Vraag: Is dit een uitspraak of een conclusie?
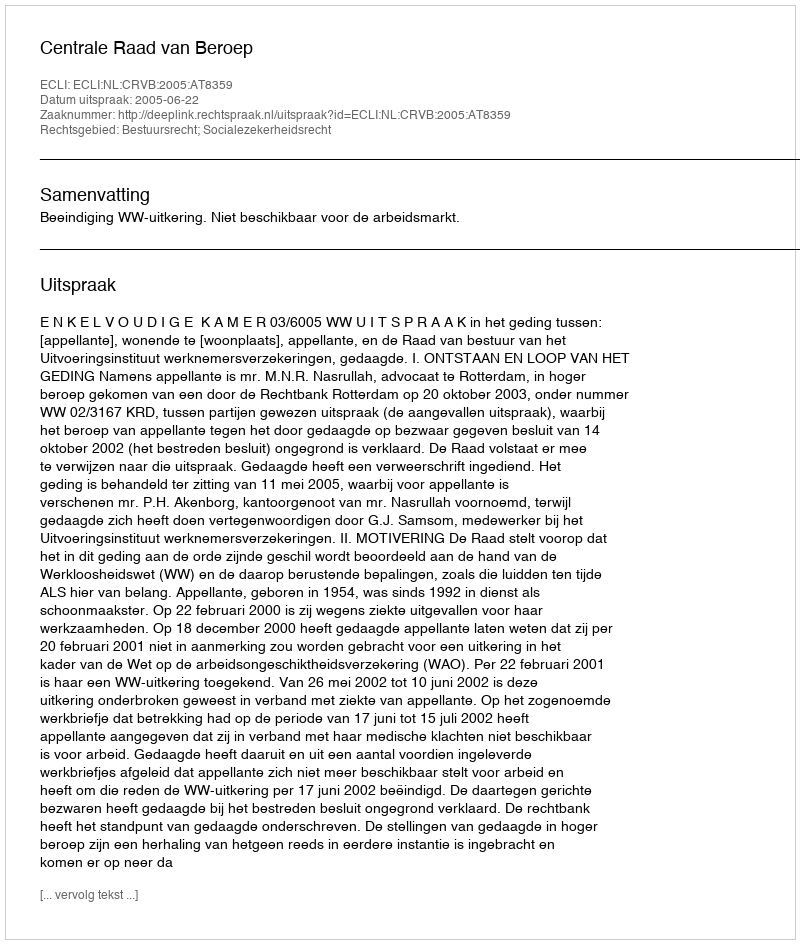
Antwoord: Uitspraak